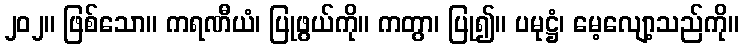
၂၀၂။ ဖြစ်သော။ ကရဏီယံ၊ ပြုဖွယ်ကို။ ကတွာ၊ ပြု၍။ ပမုဋ္ဌံ၊ မေ့လျော့သည်ကို။